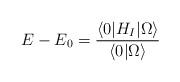
LaTeX: \begin{align*}E-E_0= \frac {\langle 0 | H_I | \Omega \rangle}{\langle 0 | \Omega \rangle}\end{align*}